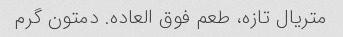
متریال تازه، طعم فوق العاده. دمتون گرم